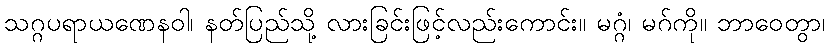
သဂ္ဂပရာယဏေနဝါ၊ နတ်ပြည်သို့ လားခြင်းဖြင့်လည်းကောင်း။ မဂ္ဂံ၊ မဂ်ကို။ ဘာဝေတွာ၊